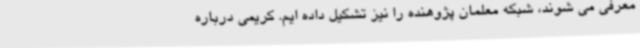
معرفی می شوند، شبکه معلمان پژوهنده را نیز تشکیل داده ایم. کریمی درباره